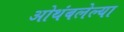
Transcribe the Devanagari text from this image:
ओथंबलेल्या